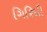
ગિરિધી